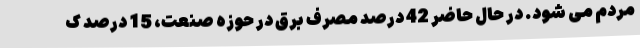
مردم می شود. در حال حاضر 42 درصد مصرف برق در حوزه صنعت، 15 درصد ک